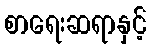
စာရေးဆရာနှင့်